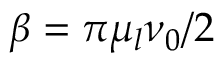
\beta = \pi \mu _ { l } \nu _ { 0 } / 2